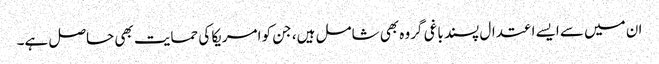
ان میں سے ایسے اعتدال پسند باغی گروہ بھی شامل ہیں، جن کو امریکا کی حمایت بھی حاصل ہے۔